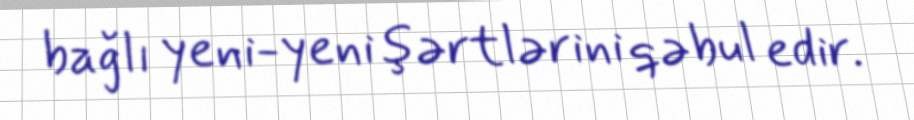
bağlı yeni-yeni şərtlərini qəbul edir.